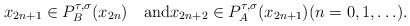
\begin{gather*}x_{2n+1}\in P_B^{\tau,\sigma}(x_{2n})\quad\mbox{and}x_{2n+2}\in P_A^{\tau,\sigma}(x_{2n+1})(n=0,1,\ldots).\end{gather*}